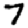
Digit: 7